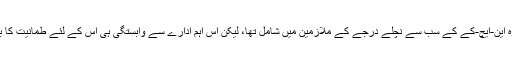
حالانکہ وہ این-ایچ-کے کے سب سے نچلے درجے کے ملازمین میں شامل تھا، لیکن اس اہم ادارے سے وابستگی ہی اس کے لئے طمانیت کا باعث تھی۔